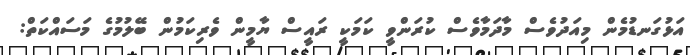
އަޅުގަނޑުމެން މިއަދުވެސް މާދަމާވެސް ކުރަންވީ ކަމަކީ ރައީސް ޔާމީން ވެރިކަމުން ބޭލުމުގެ މަސައްކަތް: